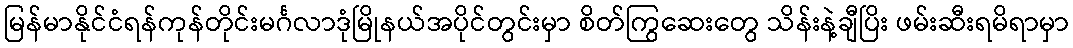
မြန်မာနိုင်ငံရန်ကုန်တိုင်းမင်္ဂလာဒုံမြိုနယ်အပိုင်တွင်းမှာ စိတ်ကြွဆေးတွေ သိန်းနဲ့ချီပြိး ဖမ်းဆီးရမိရာမှာ